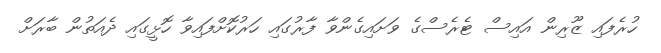
ހުރެފައި ޒޫރިން އައިސް ޓެރެސްގެ ވަށައިގެންވާ ފާރުގައި ހަރުކޮށްފައިވާ ހޮޅީގައި ދެއަތުން ބާރަށް